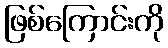
ဖြစ်ကြောင်းကို